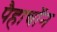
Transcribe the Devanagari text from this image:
पैहाचॉन